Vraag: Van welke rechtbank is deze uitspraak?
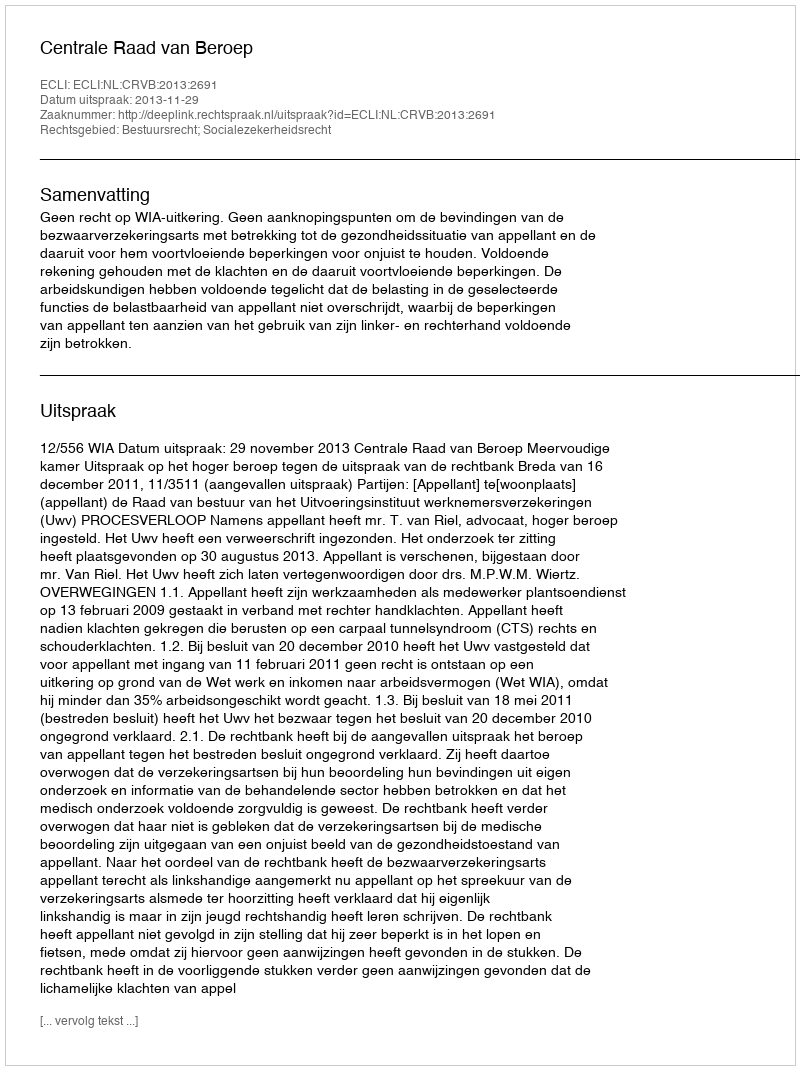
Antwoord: Centrale Raad van Beroep